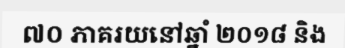
៧០ ភាគរយនៅឆ្នាំ ២០១៨ និង